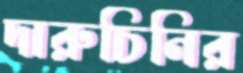
দারুচিনির